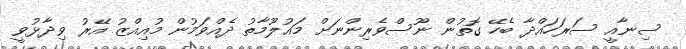
ސިނާއީ ސަރަހައްދާ ބެހޭ ގޮތުން ނޫސްވެރިންނަށް މައުލޫމާތު ދެއްވަމުން މުއިއްޒު އޭރު ވިދާޅުވީ